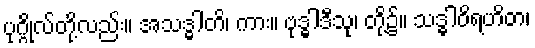
ပုဂ္ဂိုလ်တို့လည်း။ အသဒ္ဓါတိ၊ ကား။ ဗုဒ္ဓါဒီသု၊ တို့၌။ သဒ္ဓါဝိရဟိတ၊